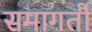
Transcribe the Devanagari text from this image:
समागतौ